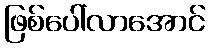
ဖြစ်ပေါ်လာအောင်